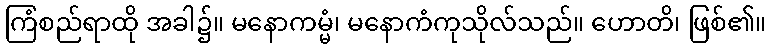
ကြံစည်ရာထို အခါ၌။ မနောကမ္မံ၊ မနောကံကုသိုလ်သည်။ ဟောတိ၊ ဖြစ်၏။